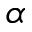
\alpha